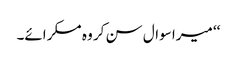
‘‘ میرا سوال سن کر وہ مسکرائے۔